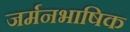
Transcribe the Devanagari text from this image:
जर्मनभाषिक